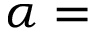
\alpha =